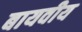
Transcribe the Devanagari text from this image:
बायवीय